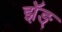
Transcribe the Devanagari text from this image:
झॅङ्